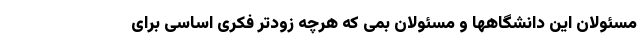
مسئولان این دانشگاهها و مسئولان بمی که هرچه زودتر فکری اساسی برای